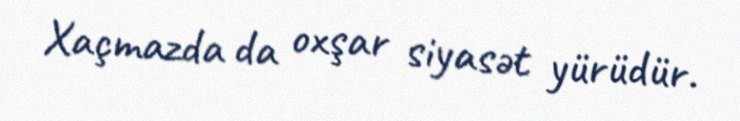
Xaçmazda da oxşar siyasət yürüdür.